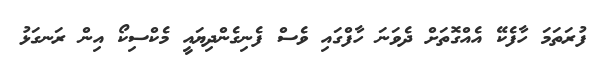
ފުރަތަމަ ހާފެކޭ އެއްގޮތަށް ދެވަނަ ހާފްގައި ވެސް ފެނިގެންދިޔައީ މެކްސިކޯ އިން ރަނގަޅު